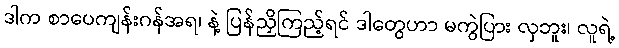
ဒါက စာပေကျန်းဂန်အရ၊ နဲ့ ပြန်ညှိကြည့်ရင် ဒါတွေဟာ မကွဲပြား လှဘူး၊ လူရဲ့